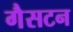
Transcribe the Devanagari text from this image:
गैसटन